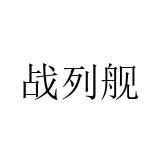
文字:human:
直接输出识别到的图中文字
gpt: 战列舰